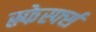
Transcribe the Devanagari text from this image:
स्र्फेर्स्फ्स